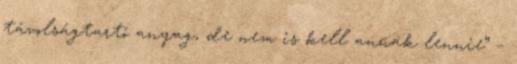
távolságtartó anyag, de nem is kell annak lennie” –